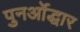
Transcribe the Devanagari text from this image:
पुनर्ओद्धार